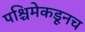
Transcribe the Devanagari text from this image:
पश्चिमेकडूनच